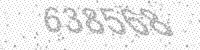
Solution: 638568